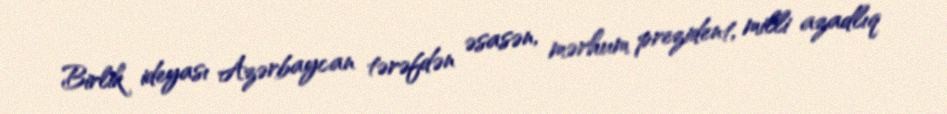
Birlik ideyası Azərbaycan tərəfdən əsasən, mərhum prezident, milli azadlıq